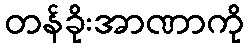
တန်ခိုးအာဏာကို